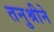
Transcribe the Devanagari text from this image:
तनुश्रीने